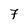
Character: 7